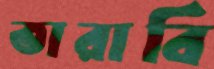
তারাবি